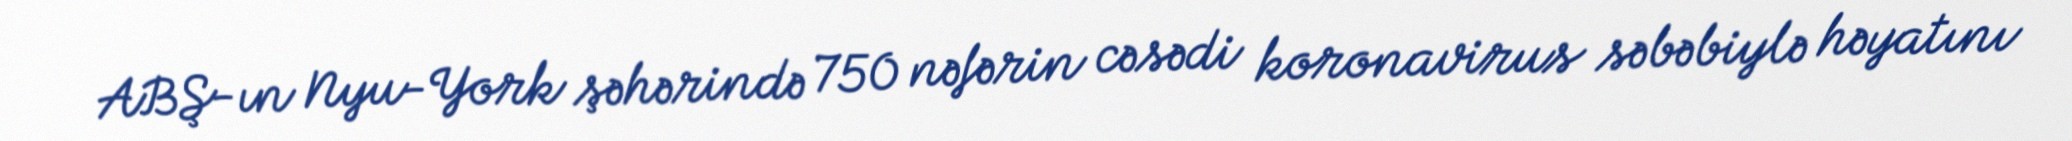
ABŞ-ın Nyu-York şəhərində 750 nəfərin cəsədi koronavirus səbəbiylə həyatını